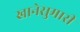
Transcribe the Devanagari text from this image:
खानेसुमारी